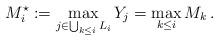
LaTeX: \begin{align*}M_i^\star:=\max\limits_{j\in\bigcup_{k\leq i}L_i}Y_j=\max_{k\leq i} M_k\,.\end{align*}